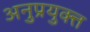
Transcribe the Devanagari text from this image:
अनुप्रयुक्त्त